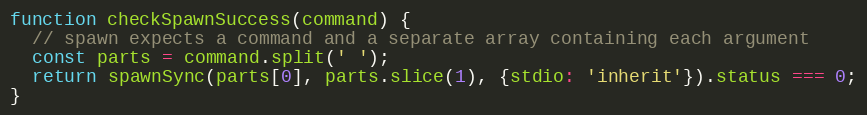
Language: JavaScript
function checkSpawnSuccess(command) {
  // spawn expects a command and a separate array containing each argument
  const parts = command.split(' ');
  return spawnSync(parts[0], parts.slice(1), {stdio: 'inherit'}).status === 0;
}